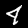
Label: 4